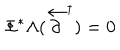
LaTeX: \Phi ^ { * } \Lambda ( \stackrel { \leftarrow } { \partial } ^ { \dagger } ) = 0